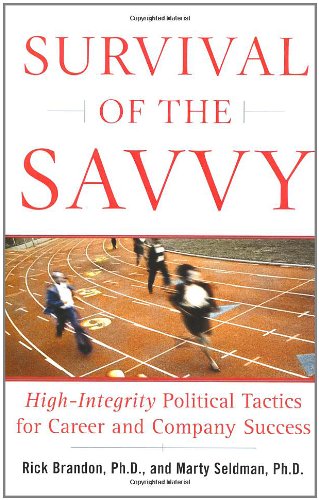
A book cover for Survival of the Savvy: High-Integrity Political Tactics for Career and Company Success; Ph.D. Rick Brandon Ph.D.; Business & Money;